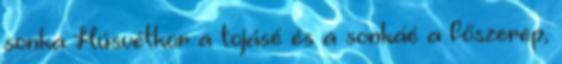
sonka Húsvétkor a tojásé és a sonkáé a főszerep,